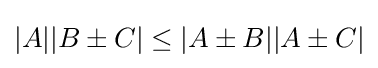
|A||B\pm C|\leq |A\pm B||A\pm C|